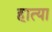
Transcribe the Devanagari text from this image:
हात्या